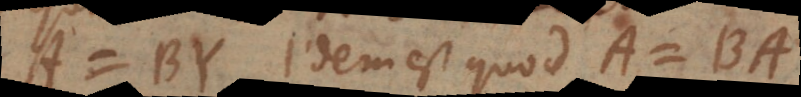
A = BY idem est quod A = BA.